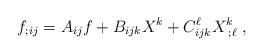
LaTeX: \begin{align*} f_{;ij} &= A_{ij} f+ B_{ijk} X^k + C^{\ell}_{ijk} X^k_{\; ;\ell} \; ,\end{align*}